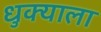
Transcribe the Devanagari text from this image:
धुक्‍याला